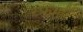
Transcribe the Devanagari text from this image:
रफाही